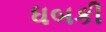
ધબકી